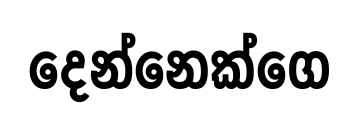
දෙන්නෙක්ගෙ